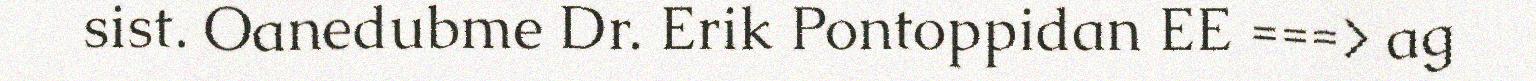
sist. Oanedubme Dr. Erik Pontoppidan EE ===> ag